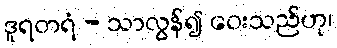
ဒူရတရံ - သာလွန်၍ ဝေးသည်ဟု၊